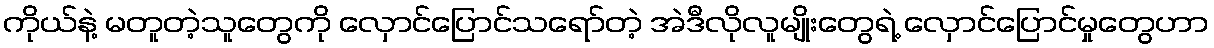
ကိုယ်နဲ့ မတူတဲ့သူတွေကို လှောင်ပြောင်သရော်တဲ့ အဲဒီလိုလူမျိုးတွေရဲ့ လှောင်ပြောင်မှုတွေဟာ